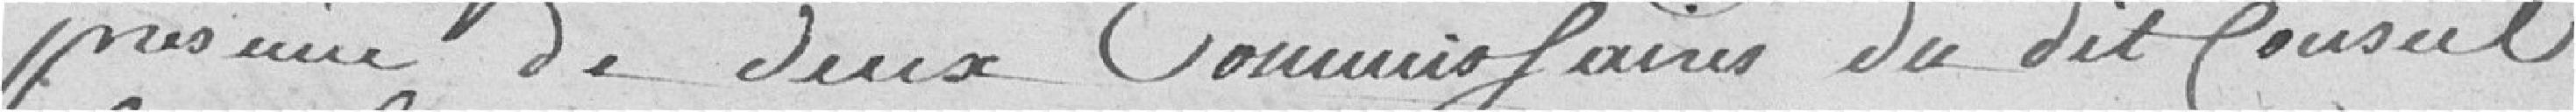
présence de deux Commissaires du dit Conseil